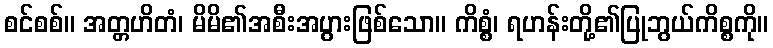
စင်စစ်။ အတ္တဟိတံ၊ မိမိ၏အစီးအပွားဖြစ်သော။ ကိစ္စံ၊ ရဟန်းတို့၏ပြုဘွယ်ကိစ္စကို။